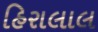
હિરાલાલ